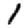
Digit: 1